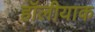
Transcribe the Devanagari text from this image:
हॉलीयाक